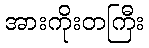
အားကိုးတကြီး